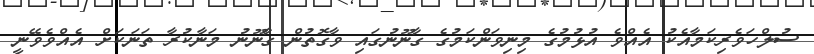
ސުލްހަވެރިކަމާއެކު އެއްވެ އުޅުމުގެ މިނިވަންކަމުގެ ގާނޫނުގައި ވާގޮތުން ގާނޫނު މަނާކުރާ ތަނަކަށް އެއްވެވޭނީ